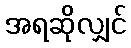
အရဆိုလျှင်